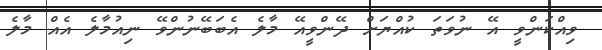
ވިއްކަންވީ އޭ ނުވަތަ ކުއްޔަށް ދޭންވީއޭ މާލެ އެބަބޭނުންވޭ ނިއުމާލެ އެއް މާލެ